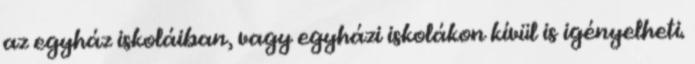
az egyház iskoláiban, vagy egyházi iskolákon kívül is igényelheti.